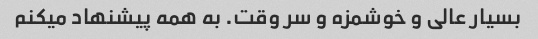
بسیار عالی و خوشمزه و سر وقت. به همه پیشنهاد میکنم